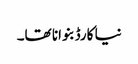
نیا کارڈ بنوانا تھا۔